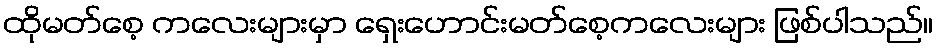
ထိုမတ်စေ့ ကလေးများမှာ ရှေးဟောင်းမတ်စေ့ကလေးများ ဖြစ်ပါသည်။